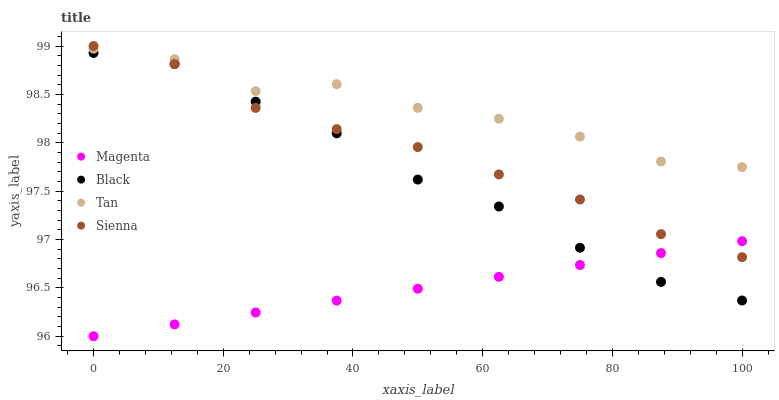
| xaxis_label | Magenta | Black | Tan | Sienna |
 | --- | --- | --- | --- | --- |
 | 0 | 96 | 98.9 | 99 | 99 |
 | 12.5 | 96.1 | 98.8 | 98.9 | 98.8 |
 | 25 | 96.2 | 98.4 | 98.5 | 98.4 |
 | 37.5 | 96.4 | 98.1 | 98.6 | 98.1 |
 | 50 | 96.5 | 97.6 | 98.4 | 98 |
 | 62.5 | 96.6 | 97.3 | 98.2 | 97.7 |
 | 75 | 96.7 | 96.9 | 98.1 | 97.4 |
 | 87.5 | 96.9 | 96.6 | 97.8 | 97.1 |
 | 100 | 97 | 96.4 | 97.7 | 96.8 |